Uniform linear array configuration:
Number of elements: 16
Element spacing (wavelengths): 0.75
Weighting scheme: exponential
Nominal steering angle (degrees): -45
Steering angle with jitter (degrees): -44.966
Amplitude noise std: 0.05
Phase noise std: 0.05

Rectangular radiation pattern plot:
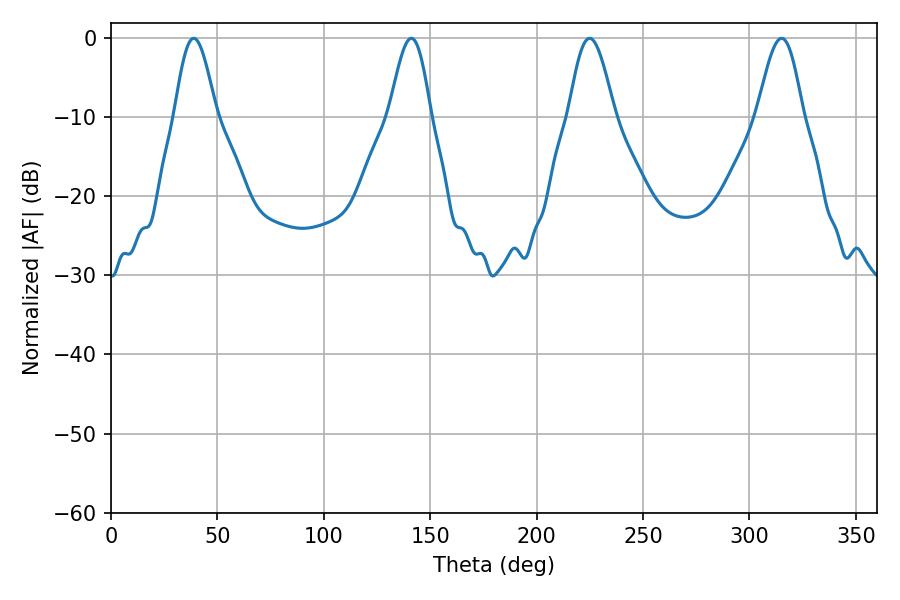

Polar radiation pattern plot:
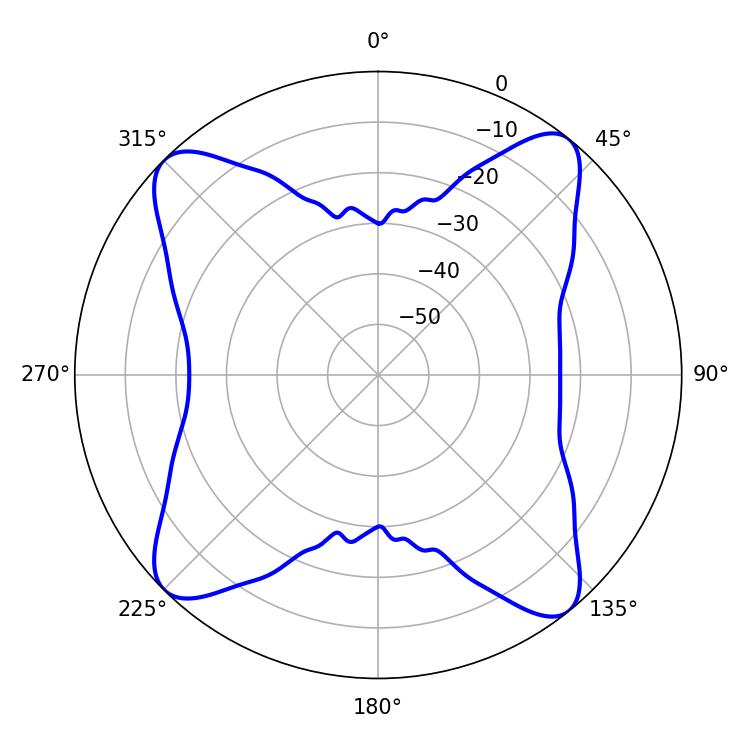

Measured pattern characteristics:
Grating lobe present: TRUE
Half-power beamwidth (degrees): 10.44
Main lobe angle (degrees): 38.88